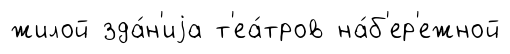
жилой зда́н'иjа т'еа́тров на́б'ер'ежной